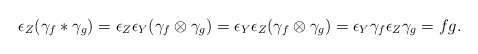
\begin{gather*}\epsilon_Z(\gamma_f \ast \gamma_g) = \epsilon_Z \epsilon_Y (\gamma_f \otimes \gamma_g) = \epsilon_Y \epsilon_Z (\gamma_f\otimes \gamma_g) =\epsilon_Y \gamma_f \epsilon_Z \gamma_g = fg.\end{gather*}